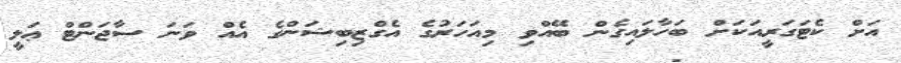
އަށް ކެޓަގަރީއަކަށް ބަހާލައިގެން ބޭއްވި މިއަހަރުގެ އެގްޒިބިޝަންގެ އެއް ވަނަ ސާޖަންޓް ޢަލީ